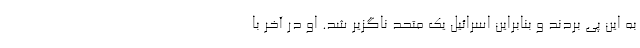
به این پی بردند و بنابراین اسرائیل یک متحد ناگزیر شد. او در آخر با